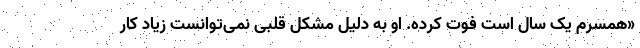
«همسرم یک سال است فوت کرده. او به دلیل مشکل قلبی نمی‌توانست زیاد کار